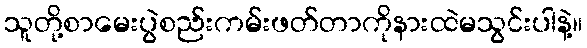
သူတို့စာမေးပွဲစည်းကမ်းဖတ်တာကိုနားထဲမသွင်းပါနဲ့။